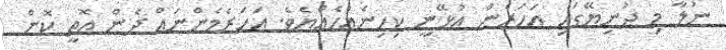
ނުލާ މި ދުނިޔޭގައި އަހަރެން އުޅޭނީ ކިހިނެއްހެެއްޔެވެ. އަހަރެމެންނައް ދެން އޮތީ ކޮން